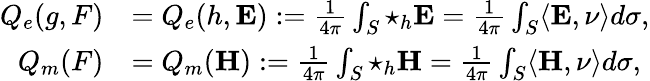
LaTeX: \begin{array}{rl}{Q_{e}(g,F)}&{=Q_{e}(h,\mathbf{E}):=\frac{1}{4\pi}\int_{S}\star_{h}\mathbf{E}=\frac{1}{4\pi}\int_{S}\langle\mathbf{E},\nu\rangle d\sigma,}\\ {Q_{m}(F)}&{=Q_{m}(\mathbf{H}):=\frac{1}{4\pi}\int_{S}\star_{h}\mathbf{H}=\frac{1}{4\pi}\int_{S}\langle\mathbf{H},\nu\rangle d\sigma,}\end{array}